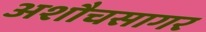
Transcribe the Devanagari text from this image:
अशौचसागर